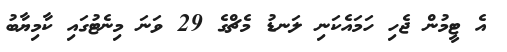
އެ ޓީމުން ޖެހި ހަމައެކަނި ލަނޑު މެޗްގެ 29 ވަނަ މިނެޓުގައި ކާމިޔާބު